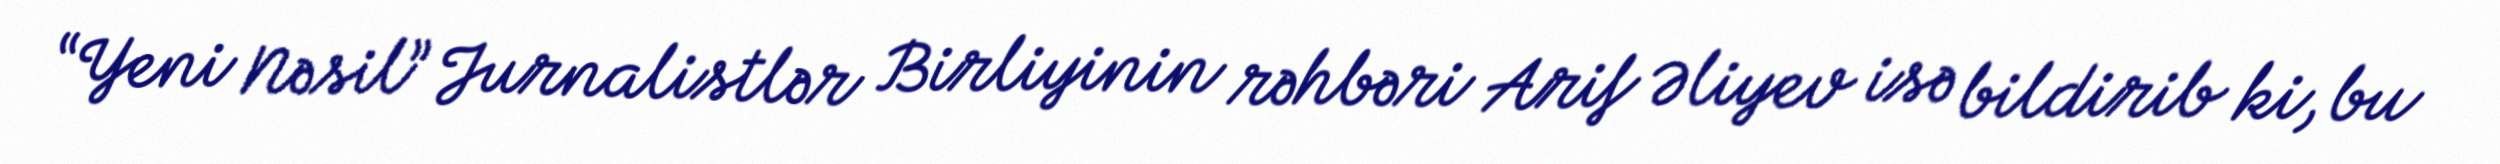
“Yeni Nəsil” Jurnalistlər Birliyinin rəhbəri Arif Əliyev isə bildirib ki, bu